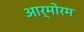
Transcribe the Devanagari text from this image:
आर्मोरम